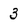
Character: 3